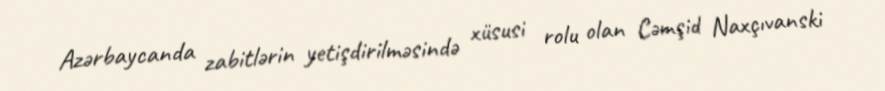
Azərbaycanda zabitlərin yetişdirilməsində xüsusi rolu olan Cəmşid Naxçıvanski